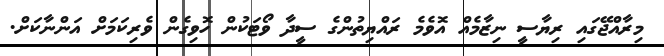
މިރާއްޖޭގައި ރިޔާސީ ނިޒާމެއް އޮވެމެ ރައްޔިތުންގެ ސީދާ ވޯޓަކުން ހޮވިގެން ވެރިކަމަށް އަންނާކަށް.